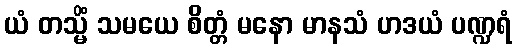
ယံ တသ္မိံ သမယေ စိတ္တံ မနော မာနသံ ဟဒယံ ပဏ္ဍရံ